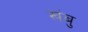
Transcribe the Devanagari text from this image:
खंबु